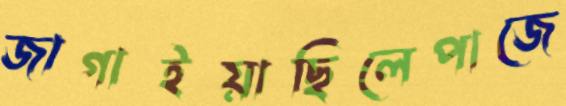
জাগাইয়াছিলেপাজে